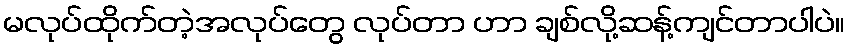
မလုပ်ထိုက်တဲ့အလုပ်တွေ လုပ်တာ ဟာ ချစ်လို့ဆန့်ကျင်တာပါပဲ။